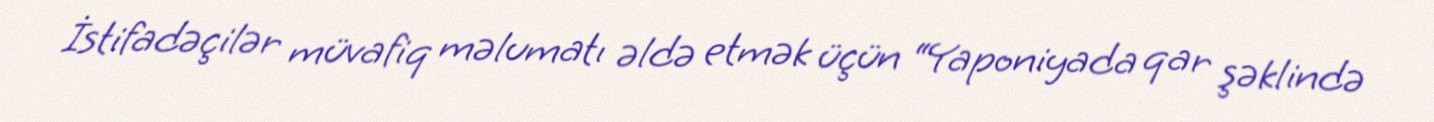
İstifadəçilər müvafiq məlumatı əldə etmək üçün “Yaponiyada qar şəklində